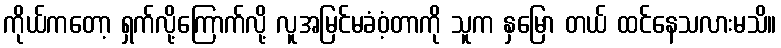
ကိုယ်ကတော့ ရှက်လို့ကြောက်လို့ လူအမြင်မခံဝံ့တာကို သူက နှမြော တယ် ထင်နေသလားမသိ။